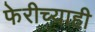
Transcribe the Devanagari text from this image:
फेरीच्याही